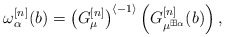
\begin{align*}\omega_\alpha^{[n]}(b)=\left(G_{\mu}^{[n]}\right)^{\langle-1\rangle}\left(G_{\mu^{\boxplus\alpha}}^{[n]}(b)\right),\end{align*}